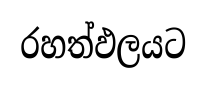
රහත්ඵලයට